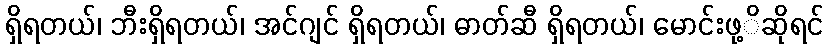
ရှိရတယ်၊ ဘီးရှိရတယ်၊ အင်ဂျင် ရှိရတယ်၊ ဓာတ်ဆီ ရှိရတယ်၊ မောင်းဖု့ိဆိုရင်